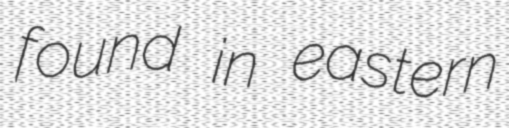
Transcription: found in eastern